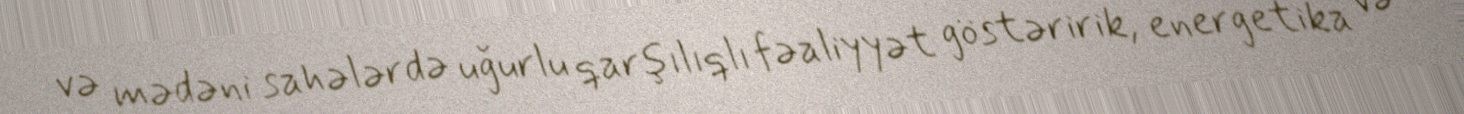
və mədəni sahələrdə uğurlu qarşılıqlı fəaliyyət göstəririk, energetika və